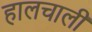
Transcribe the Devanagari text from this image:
हालचालीं